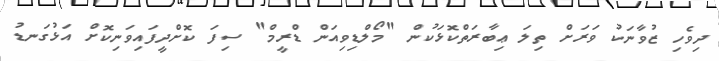
ދިވެހި ޒުވާނަކު ވަރަށް ތިލަ ޢިބާރަތްކޮޅަކުން "މޯލްޑިވިއަން ޑްރީމް" ސިފަ ކޮށްދީފައިވަނިކޮށް އަޅުގަނޑު